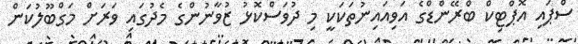
ސްޕައި އޮޕްޓިކް ބްރޭންޑްގެ އަވިއައިނުތަކަކީ މި ދުވަސްކޮޅު ޒުވާނުންގެ މެދުގައި ވަރަށް މަގްބޫލުކަން